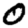
Digit: 0